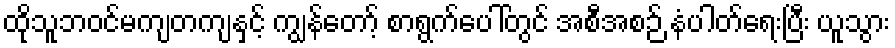
ထိုသူဘဝင်မကျတကျနှင့် ကျွန်တော့် စာရွက်ပေါ်တွင် အစီအစဉ် နံပါတ်ရေးပြီး ယူသွား